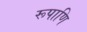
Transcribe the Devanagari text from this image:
रूपाणि